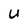
Character: U